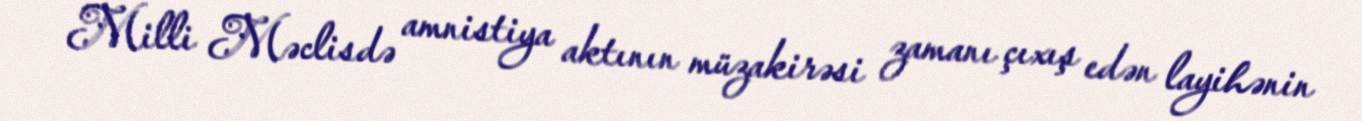
Milli Məclisdə amnistiya aktının müzakirəsi zamanı çıxış edən layihənin